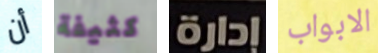
أن كثيفة إدارة الابواب